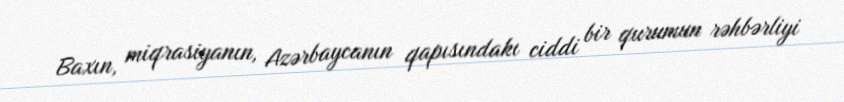
Baxın, miqrasiyanın, Azərbaycanın qapısındakı ciddi bir qurumun rəhbərliyi